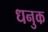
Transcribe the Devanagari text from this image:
धनुक